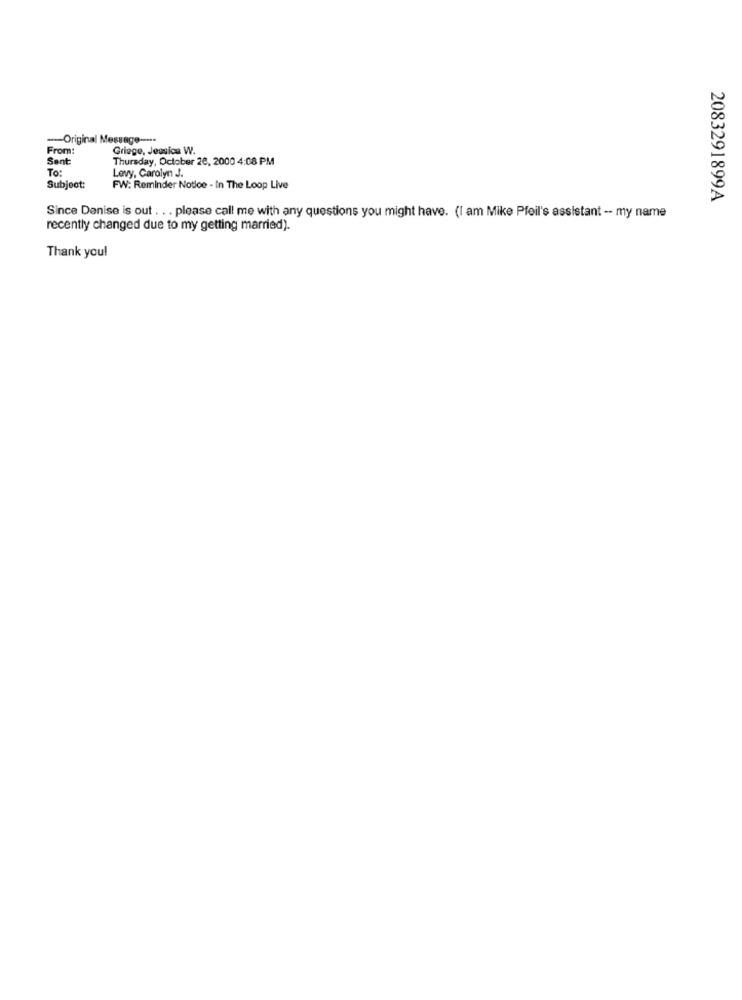
-Original Message ----
From:
Griege, Jessica W.
Sent:
Thursday, October 28, 2000 4:08 PM
To:
Levy, Carolyn J.
Subject:
FW: Reminder Notice - In The Loop Live
2083291899A
Since Denise is out . .. please call me with any questions you might have. (I am Mike Pfeil's assistant -- my name
recently changed due to my getting married).
Thank you!